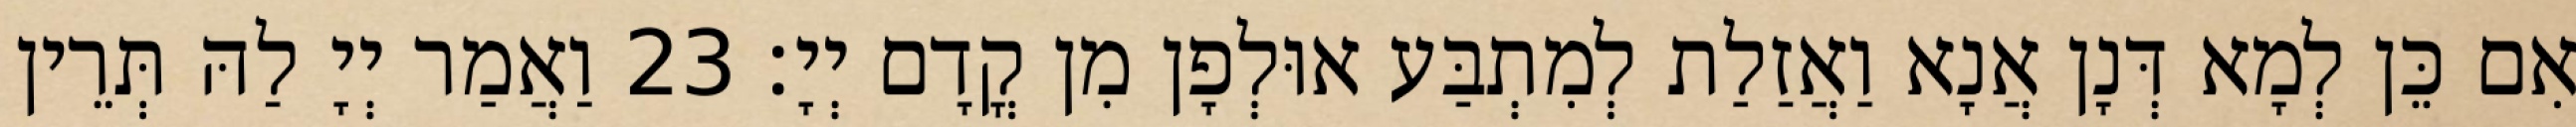
אִם כֵּן לְמָא דְּנָן אֲנָא וַאֲזַלַת לְמִתְבַּע אוּלְפָן מִן קֳדָם יְיָ׃ 23 וַאֲמַר יְיָ לַהּ תְּרֵין